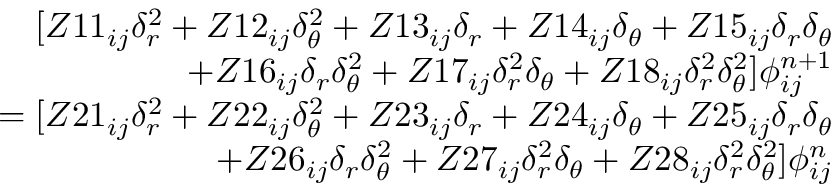
\begin{array} { r } { [ Z 1 1 _ { i j } \delta _ { r } ^ { 2 } + Z 1 2 _ { i j } \delta _ { \theta } ^ { 2 } + Z 1 3 _ { i j } \delta _ { r } + Z 1 4 _ { i j } \delta _ { \theta } + Z 1 5 _ { i j } \delta _ { r } \delta _ { \theta } } \\ { + Z 1 6 _ { i j } \delta _ { r } \delta _ { \theta } ^ { 2 } + Z 1 7 _ { i j } \delta _ { r } ^ { 2 } \delta _ { \theta } + Z 1 8 _ { i j } \delta _ { r } ^ { 2 } \delta _ { \theta } ^ { 2 } ] \phi _ { i j } ^ { n + 1 } } \\ { = [ Z 2 1 _ { i j } \delta _ { r } ^ { 2 } + Z 2 2 _ { i j } \delta _ { \theta } ^ { 2 } + Z 2 3 _ { i j } \delta _ { r } + Z 2 4 _ { i j } \delta _ { \theta } + Z 2 5 _ { i j } \delta _ { r } \delta _ { \theta } } \\ { + Z 2 6 _ { i j } \delta _ { r } \delta _ { \theta } ^ { 2 } + Z 2 7 _ { i j } \delta _ { r } ^ { 2 } \delta _ { \theta } + Z 2 8 _ { i j } \delta _ { r } ^ { 2 } \delta _ { \theta } ^ { 2 } ] \phi _ { i j } ^ { n } } \end{array}